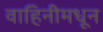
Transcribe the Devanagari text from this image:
वाहिनीमधून